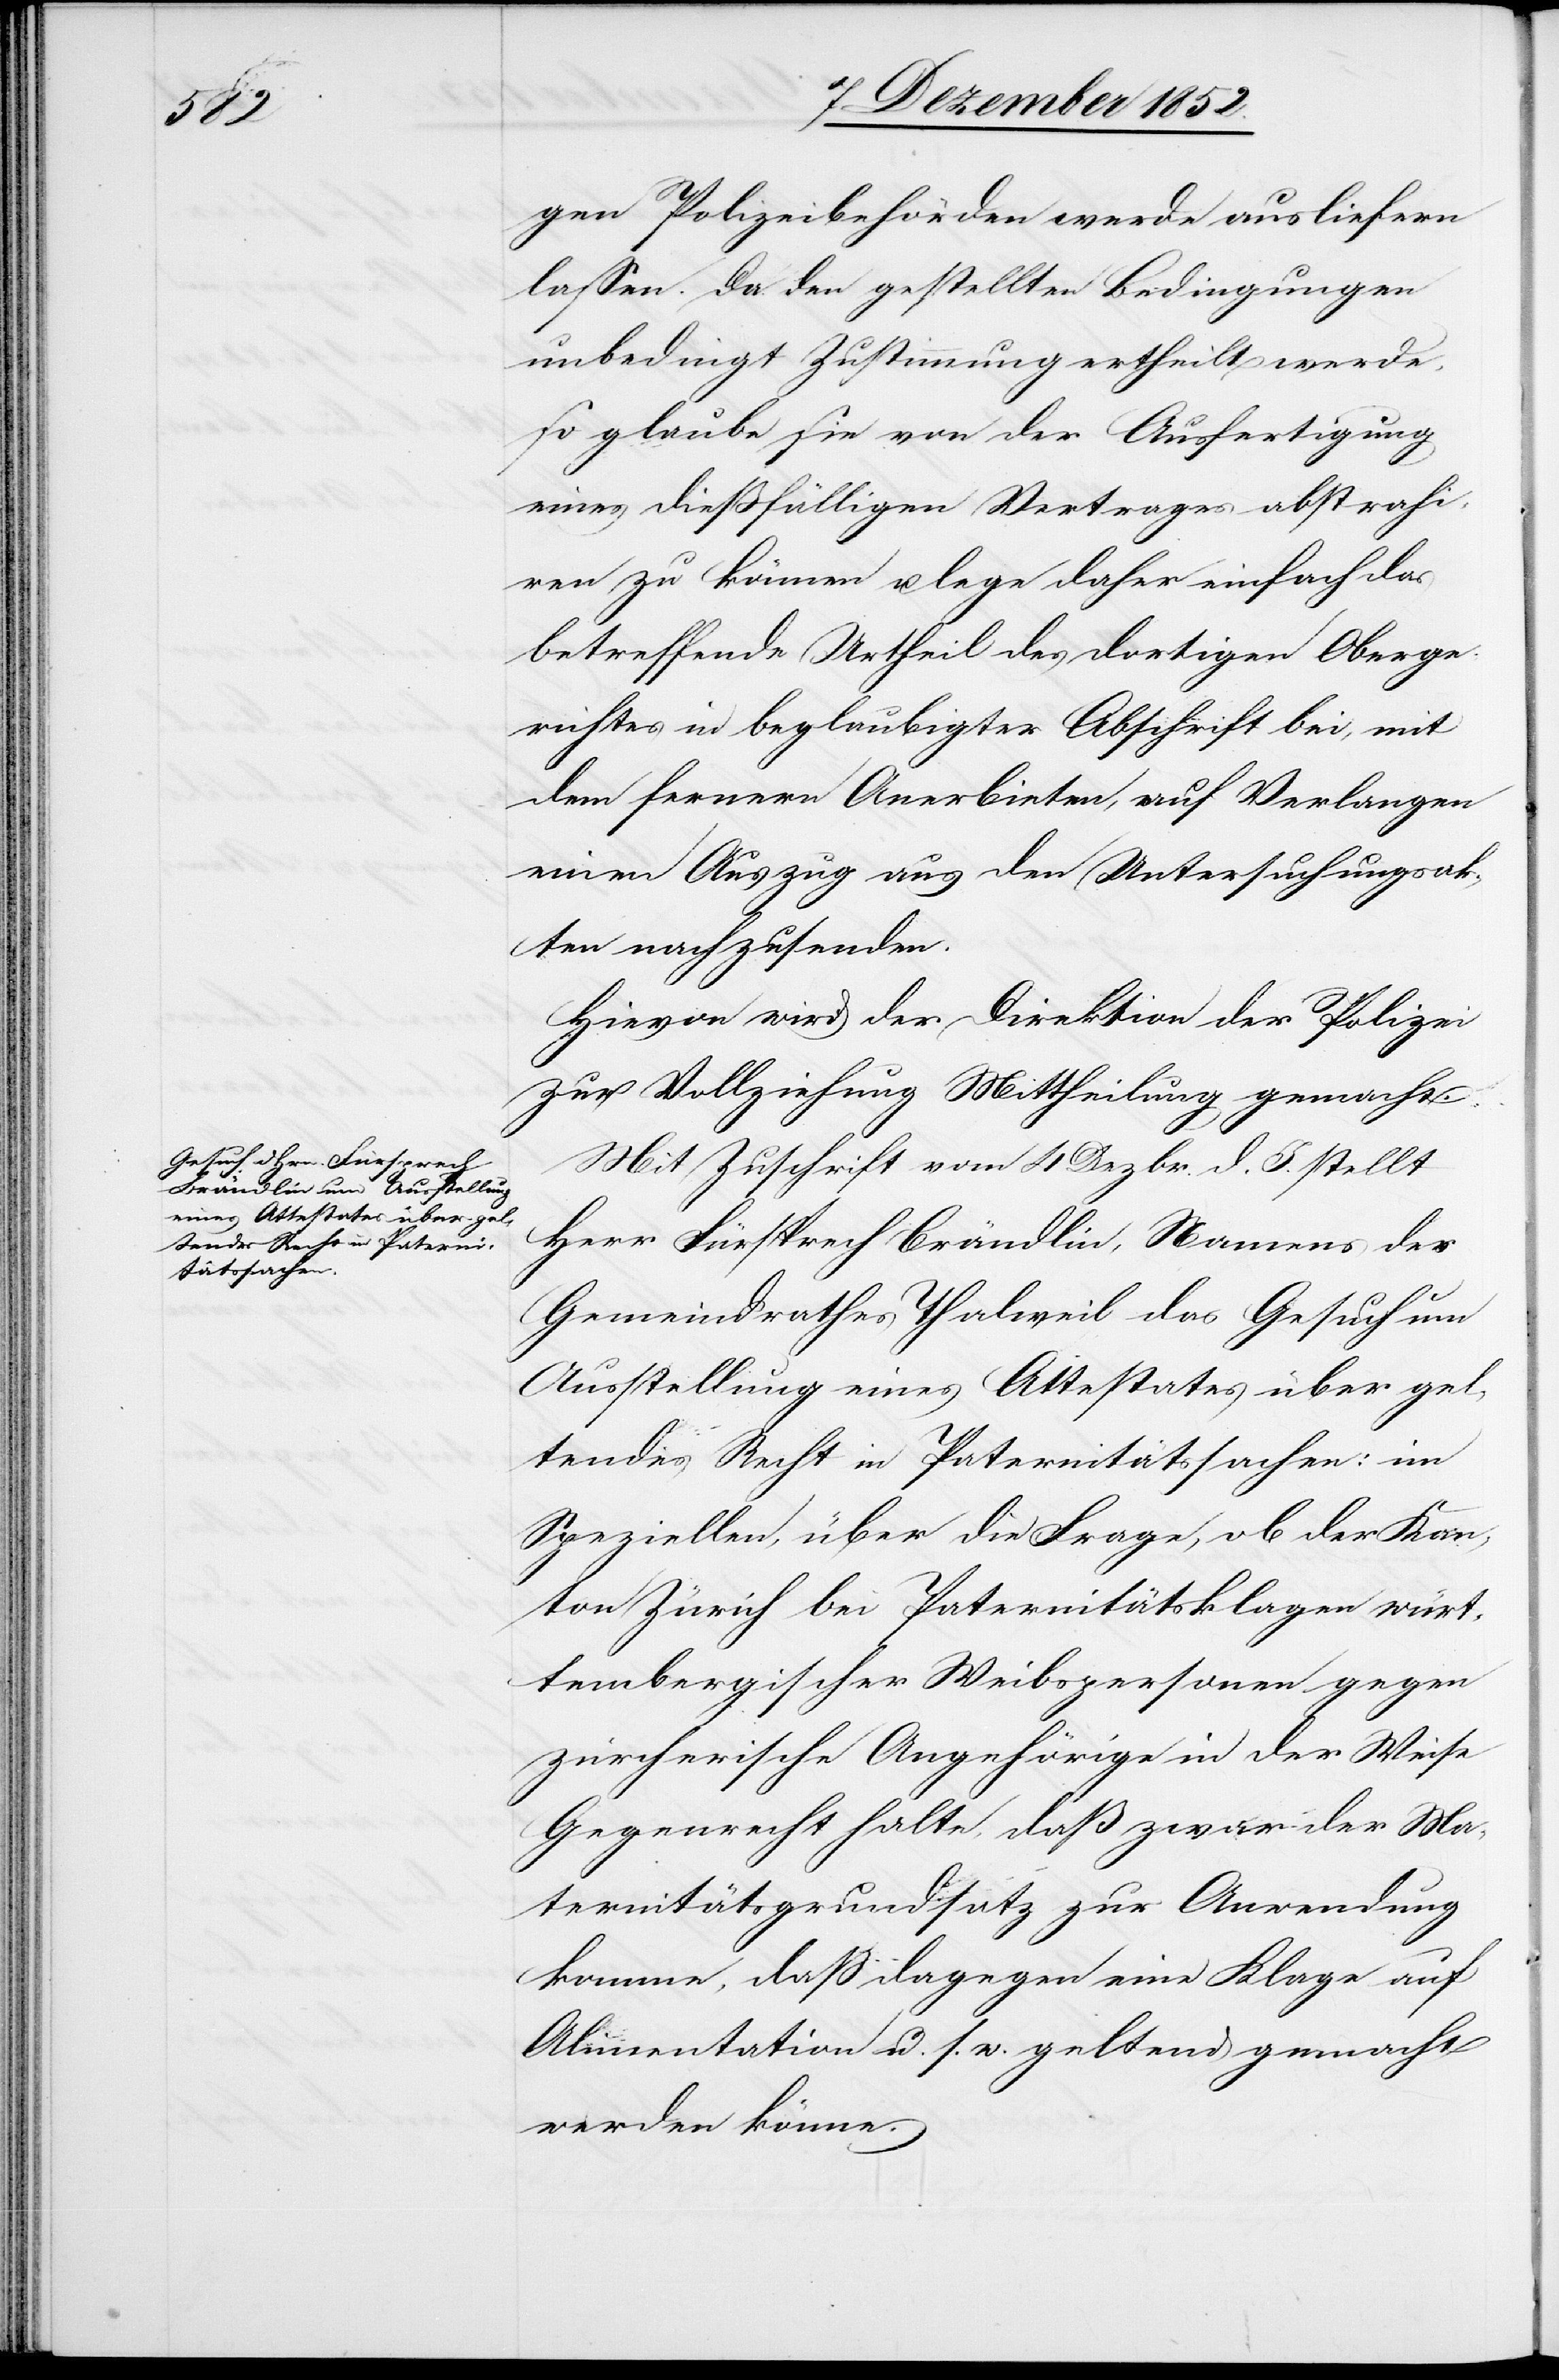
gen Polizeibehörden werde ausliefern
lassen. Da den gestellten Bedingungen
unbedingt Zustimmung ertheilt werde,
so glaube sie von der Ausfertigung
eines dießfälligen Vertrages abstrahi¬
ren zu können u. lege daher einfach das
betreffende Urtheil des dortigen Oberge¬
richtes in beglaubigter Abschrift bei, mit
dem fernern Anerbieten, auf Verlangen
einen Auszug aus den Untersuchungsak¬
ten nachzusenden.
Hievon wird der Direktion der Polizei
zur Vollziehung Mittheilung gemacht.
Mit Zuschrift vom 4 Dezbr. d. J. stellt
Herr Fürsprech Brändlin, Namens des
Gemeindrathes Thalweil das Gesuch um
Ausstellung eines Attestates über gel¬
tendes Recht in Paternitätssachen: im
Speziellen, über die Frage, ob der Kan¬
ton Zürich bei Paternitätsklagen würt¬
tembergischer Weibspersonen gegen
zürcherische Angehörige in der Weise
Gegenrecht halte, daß zwar der Ma¬
ternitätsgrundsatz zur Anwendung
komme, daß dagegen eine Klage auf
Alimentation u. s. w. geltend gemacht
werden könne.